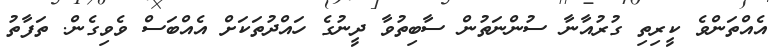
އެއްތަންވެ ކީރިތި ގުރުއާނާ ސުންނަތުން ސާބިތުވާ ދީނުގެ ހައްދުތަކަށް އެއްބަސް ވެވިގެން. ތަފާތު